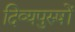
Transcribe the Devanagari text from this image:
दिव्यपुरुषों